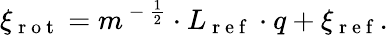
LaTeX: \xi_{\mathrm{~r~o~t~}}=m^{\mathrm{~-~}\frac{1}{2}}\cdot L_{\mathrm{~r~e~f~}}\cdot q+\xi_{\mathrm{~r~e~f~}}.